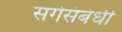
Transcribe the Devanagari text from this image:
सगेसंबंधी